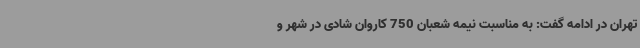
تهران در ادامه گفت: به مناسبت نیمه شعبان 750 کاروان شادی در شهر و